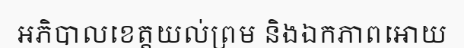
អភិបាលខេត្តយល់ព្រម និងឯកភាពអោយ